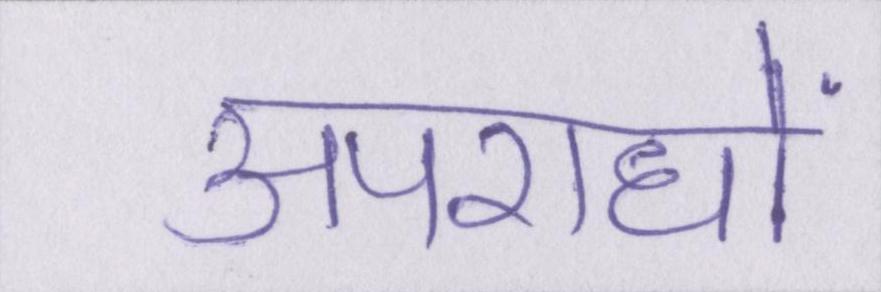
अपराधों